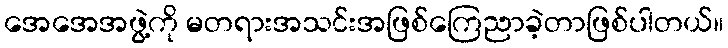
အေအေအဖွဲ့ကို မတရားအသင်းအဖြစ်ကြေညာခဲ့တာဖြစ်ပါတယ်။